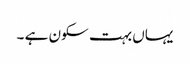
یہاں بہت سکون ہے ۔